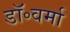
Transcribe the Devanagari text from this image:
डॉ॰वर्मा